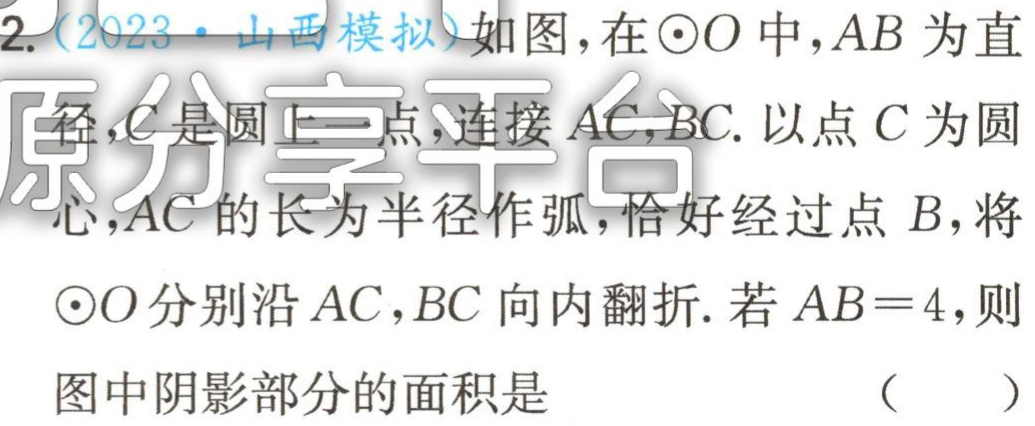
2.（2023·山西模拟）如图，在$\odot O$中，$AB$为直

径，$C$是圆上一点，连接$AC$，$BC$. 以点$C$为圆

心，$AC$的长为半径作弧，恰好经过点$B$，将

$\odot O$分别沿$AC$，$BC$向内翻折. 若$AB = 4$，则

图中阴影部分的面积是 （  ）